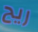
ريح